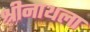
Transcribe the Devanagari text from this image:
श्रीनाथला